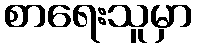
စာရေးသူမှာ